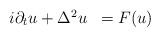
LaTeX: \begin{align*}\begin{array}{ll}i \partial_{t} u + \Delta^{2} u & = F(u) \\\end{array}\end{align*}